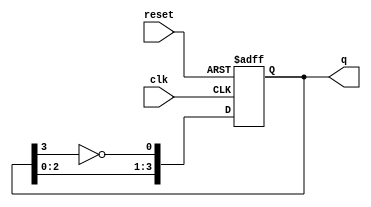
module JohnsonCounter (
    input wire clk,          // Clock input
    input wire reset,        // Asynchronous reset input
    output reg [3:0] q       // Output state (4 flip-flops = 4-bit output)
);

    // Asynchronous reset functionality - resets the counter state
    always @(posedge clk or posedge reset) begin
        if (reset) begin
            q <= 4'b0000;    // Reset to initial state
        end else begin
            // Johnson counter logic
            q[0] <= ~q[3];    // Feedback from the last flip-flop
            q[1] <= q[0];     // Shift logic
            q[2] <= q[1];     // Shift logic
            q[3] <= q[2];     // Shift logic
        end
    end
endmodule